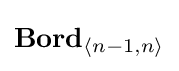
\mathbf {Bord} _{\langle n-1,n\rangle }